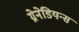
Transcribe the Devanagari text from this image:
ग्रेनेडियन्स